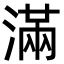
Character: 滿